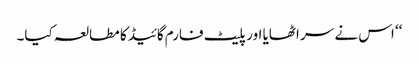
‘‘ اس نے سر اٹھایا اور پلیٹ فارم گائیڈ کا مطالعہ کیا۔